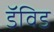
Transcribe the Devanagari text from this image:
डॅविड